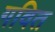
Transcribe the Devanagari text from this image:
गवित